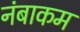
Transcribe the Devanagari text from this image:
नंबाकम